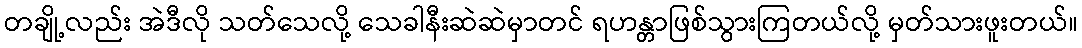
တချို့လည်း အဲဒီလို သတ်သေလို့ သေခါနီးဆဲဆဲမှာတင် ရဟန္တာဖြစ်သွားကြတယ်လို့ မှတ်သားဖူးတယ်။